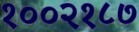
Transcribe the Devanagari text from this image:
१००२१८७